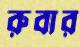
রুবার